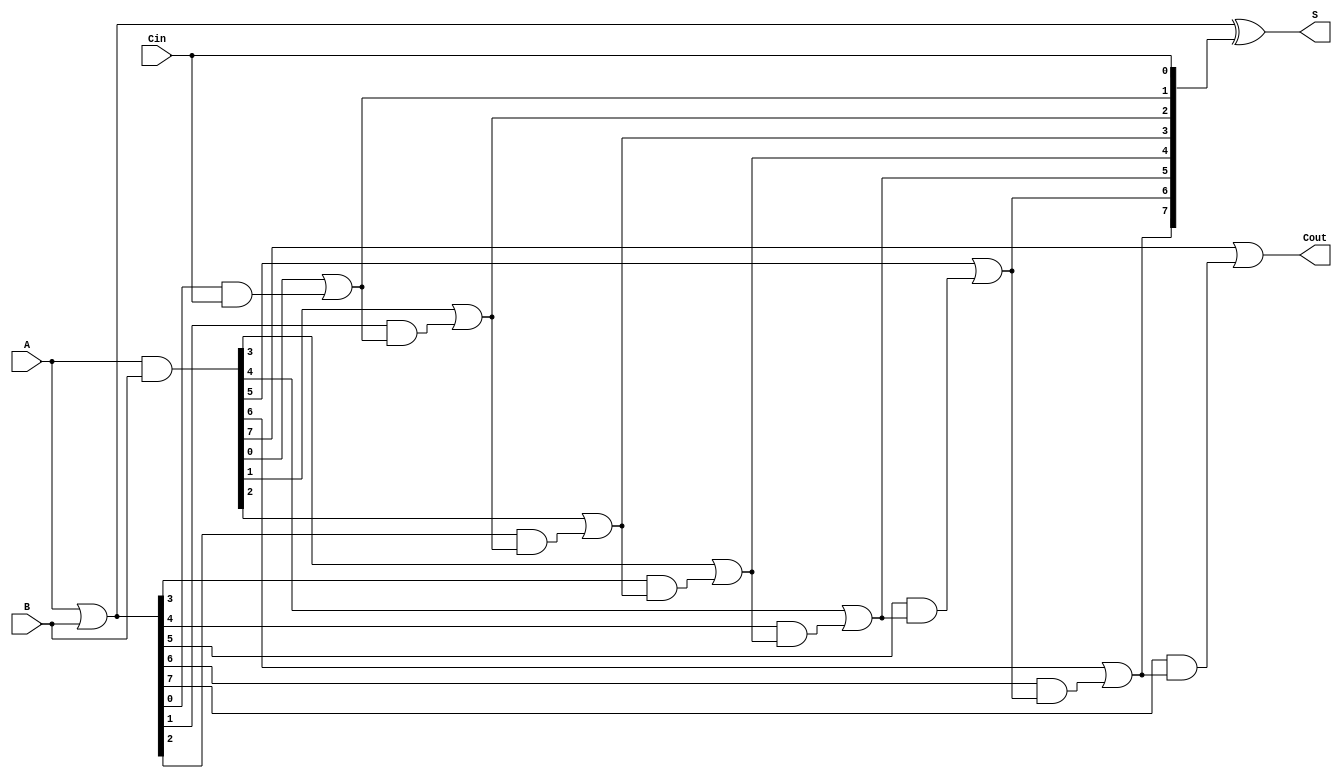
module VariableLatencyCLA #(
    parameter N = 8  // Parameter for bit width
)(
    input  [N-1:0] A,   // First operand
    input  [N-1:0] B,   // Second operand
    input          Cin,  // Input carry
    output [N-1:0] S,    // Sum output
    output         Cout   // Carry out
);

    // Generate and Propagate signals
    wire [N-1:0] G; // Generate signals
    wire [N-1:0] P; // Propagate signals
    wire [N:0] C;   // Carry signals

    // Generate and Propagate logic
    assign G = A & B;       // G[i] = A[i] & B[i]
    assign P = A | B;       // P[i] = A[i] | B[i]

    // Carry lookahead logic
    assign C[0] = Cin; // Initial carry input

    genvar i;
    generate
        for (i = 1; i < N+1; i = i + 1) begin : carry_logic
            assign C[i] = G[i-1] | (P[i-1] & C[i-1]); // C[i] = G[i-1] | (P[i-1] & C[i-1])
        end
    endgenerate

    // Sum calculation
    assign S = P ^ C[N-1:0]; // S[i] = P[i] ^ C[i]

    // Carry out signal
    assign Cout = C[N]; // Final carry out

endmodule